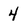
Character: 4